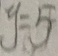
y = 5